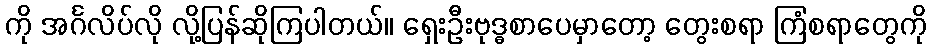
ကို အင်္ဂလိပ်လို လို့ပြန်ဆိုကြပါတယ်။ ရှေးဦးဗုဒ္ဓစာပေမှာတော့ တွေးစရာ ကြံစရာတွေကို